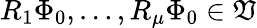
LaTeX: R_{1}\Phi_{0},\ldots,R_{\mu}\Phi_{0}\in\mathfrak{V}